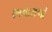
રમનારાઓ